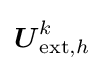
{\boldsymbol {U}}_{{\text{ext}},h}^{k}